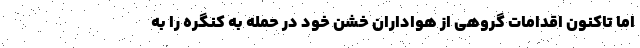
اما تاکنون اقدامات گروهی از هواداران خشن خود در حمله به کنگره را به